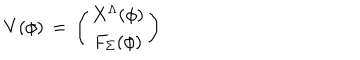
V ( \phi ) \, = \, \left( \begin{matrix} { { X ^ { \Lambda } ( \phi ) } } \\ { { F _ { \Sigma } ( \phi ) } } \\ \end{matrix} \right)